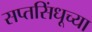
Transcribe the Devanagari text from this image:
सप्तसिंधूच्या